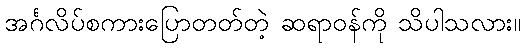
အင်္ဂလိပ်စကားပြောတတ်တဲ့ ဆရာဝန်ကို သိပါသလား။